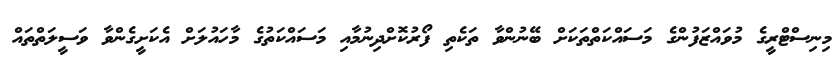
މިނިސްޓްރީގެ މުވައްޒަފުންގެ މަސައްކަތްތަކަށް ބޭނުންވާ ތަކެތި ފޯރުކޮށްދިނުމާއި މަސައްކަތުގެ މާހައުލަށް އެކަށީގެންވާ ވަސީލަތްތައް